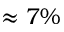
\approx 7 \%